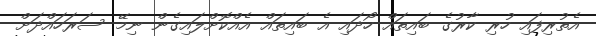
އެތުރިފައި ހުރި ކާރުގެ ބައިތައް ހޯދައި އެ ބައިތައް އެއްކޮށްލައިގެން ނިމޭ ސަރަހައްދަށް